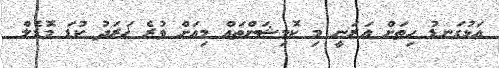
އަޅުގަނޑު ހިތަށް އަރަނީ މި ކޮމިޝަންތައް މިއަށް ވުރެ ޚަރަދު ކުޑަ މޮޑެލް